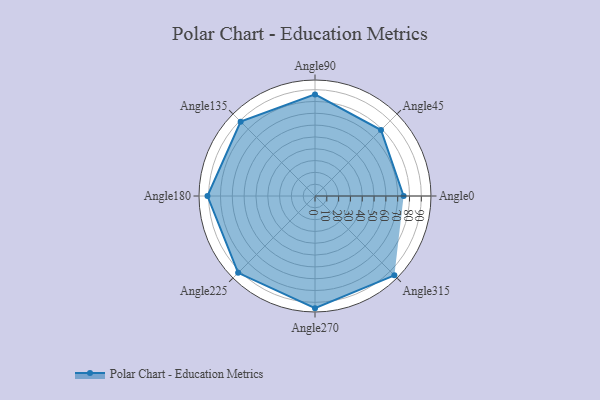
{"axis": {"x": "Angle", "y": "Radius"}, "legend": [""], "data": [{"x": "Angle0", "y": 75.0, "type": ""}, {"x": "Angle45", "y": 79.0, "type": ""}, {"x": "Angle90", "y": 86.0, "type": ""}, {"x": "Angle135", "y": 89.0, "type": ""}, {"x": "Angle180", "y": 91.0, "type": ""}, {"x": "Angle225", "y": 92.0, "type": ""}, {"x": "Angle270", "y": 95.0, "type": ""}, {"x": "Angle315", "y": 95.0, "type": ""}]}